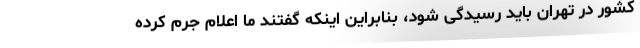
کشور در تهران باید رسیدگی شود، بنابراین اینکه گفتند ما اعلام جرم کرده